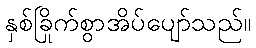
နှစ်ခြိုက်စွာအိပ်ပျော်သည်။